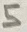
Text: 5